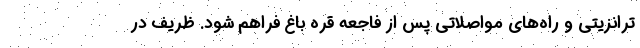
ترانزیتی و راه‌های مواصلاتی پس از فاجعه قره باغ فراهم شود. ظریف در